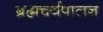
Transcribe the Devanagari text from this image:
ब्रह्मचर्यपालन